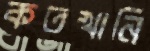
কতখানি